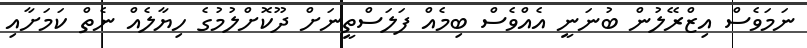
ނަމަވެސް އިޒްރޭލުން ބުނަނީ އެއްވެސް ބިމެއް ފަލަސްތީނަށް ދޫކޮށްލުމުގެ ހިޔާލެއް ނެތް ކަމަށާއި